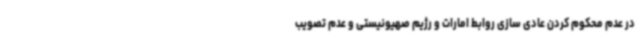
در عدم محکوم کردن عادی سازی روابط امارات و رژیم صهیونیستی و عدم تصویب